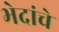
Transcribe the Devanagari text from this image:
भेदांचे